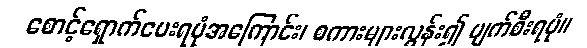
စောင့်ရှောက်ပေးရပုံအကြောင်း၊ စကားများလွန်း၍ ပျက်စီးရပုံ။